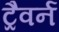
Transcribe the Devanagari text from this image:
ट्रैवर्न